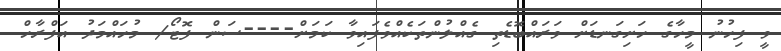
ވީ ފިހުނު މީހާގެ ހަށިގަނޑަށް ވަރައްބޮޑެތި ގެއްލުންތަކެއްވެފައިވާ ކަމަށް----ސަން ފޮޓޯ/ މުހައްމަދު އަފްރާހް